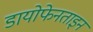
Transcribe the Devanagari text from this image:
डायोफेनताइन